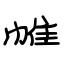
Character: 帷